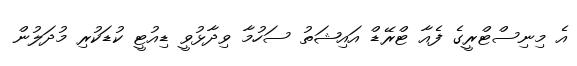
އެ މިނިސްޓްރީގެ ފެއާ ޓްރޭޑް އައިޝަތު ސަހުމާ ވިދާޅުވީ ޑިއުޓީ ކުޑަކުރި މުދަލުން